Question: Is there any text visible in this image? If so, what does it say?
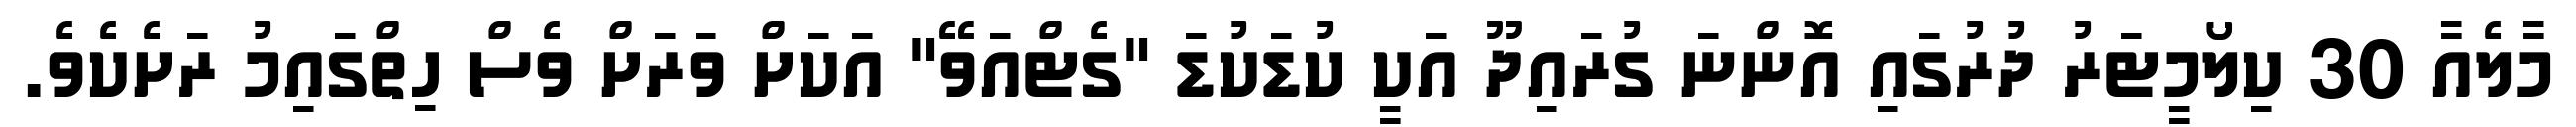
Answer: މާލެއާ 30 ކިލޯމީޓަރު ދުރުގައި އޮންނަ ގުރައިދޫ އަކީ ކުޑަކުޑަ "ގެޓްއަވޭ" އަކަށް ވަރަށް ވެސް ހިތްގައިމު ރަށެކެވެ.